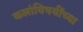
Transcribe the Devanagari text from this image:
कलांविषयींच्या